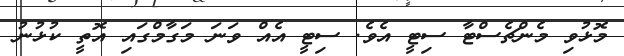
މޮޅުވި މެންޗެސްޓާ ސިޓީ އެވެ. ސިޓީ އެއް ވަނަ މަގާމްގައި އޮތީ ކުޅުނުު